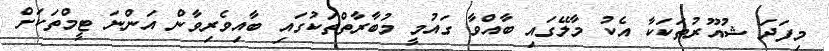
މިފަދަ ޝުއޫރުތަކަކާ އެކު މާލޭގައި ބާއްވާ ގައުމީ މުބާރާތްތަކުގައި ބާއިވެރިވާން އަންނަ ޓީމްތަކަށް